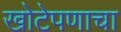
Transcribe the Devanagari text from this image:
खोटेपणाचा